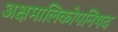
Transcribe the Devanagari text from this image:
अक्षमालिकोपनिषद